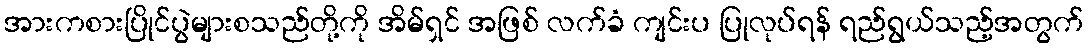
အားကစားပြိုင်ပွဲများစသည်တို့ကို အိမ်ရှင် အဖြစ် လက်ခံ ကျင်းပ ပြုလုပ်ရန် ရည်ရွယ်သည့်အတွက်